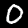
Label: 0